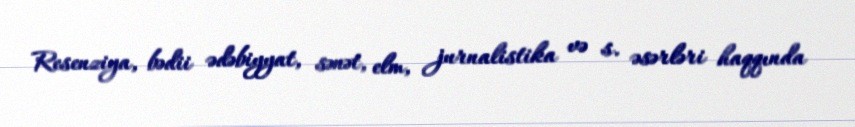
Resenziya, bədii ədəbiyyat, sənət, elm, jurnalistika və s. əsərləri haqqında